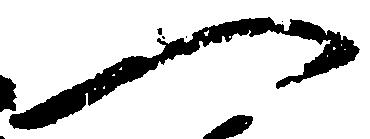
へ